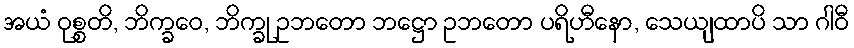
အယံ ဝုစ္စတိ, ဘိက္ခဝေ, ဘိက္ခု ဥဘတော ဘဋ္ဌော ဥဘတော ပရိဟီနော, သေယျထာပိ သာ ဂါဝီ